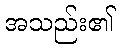
အသည်း၏